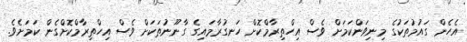
އެހެން ގައުމުތަކުގެ މިނިވަންކަމަށް ވެސް އިހްތިރާމްކޮށް ހަނގުރާމައިގެ ގާނޫނުތަކަށް ވެސް އިހްތިރާމްކޮށްގެން ކަމަށެވެ.